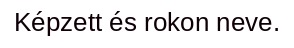
Képzett és rokon neve.